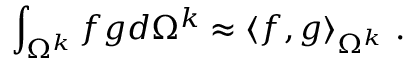
\int _ { \Omega ^ { k } } { f g d \Omega ^ { k } } \approx \langle f , g \rangle _ { \Omega ^ { k } } \mathrm { ~ . ~ }